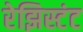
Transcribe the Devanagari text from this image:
रेझिस्टंट